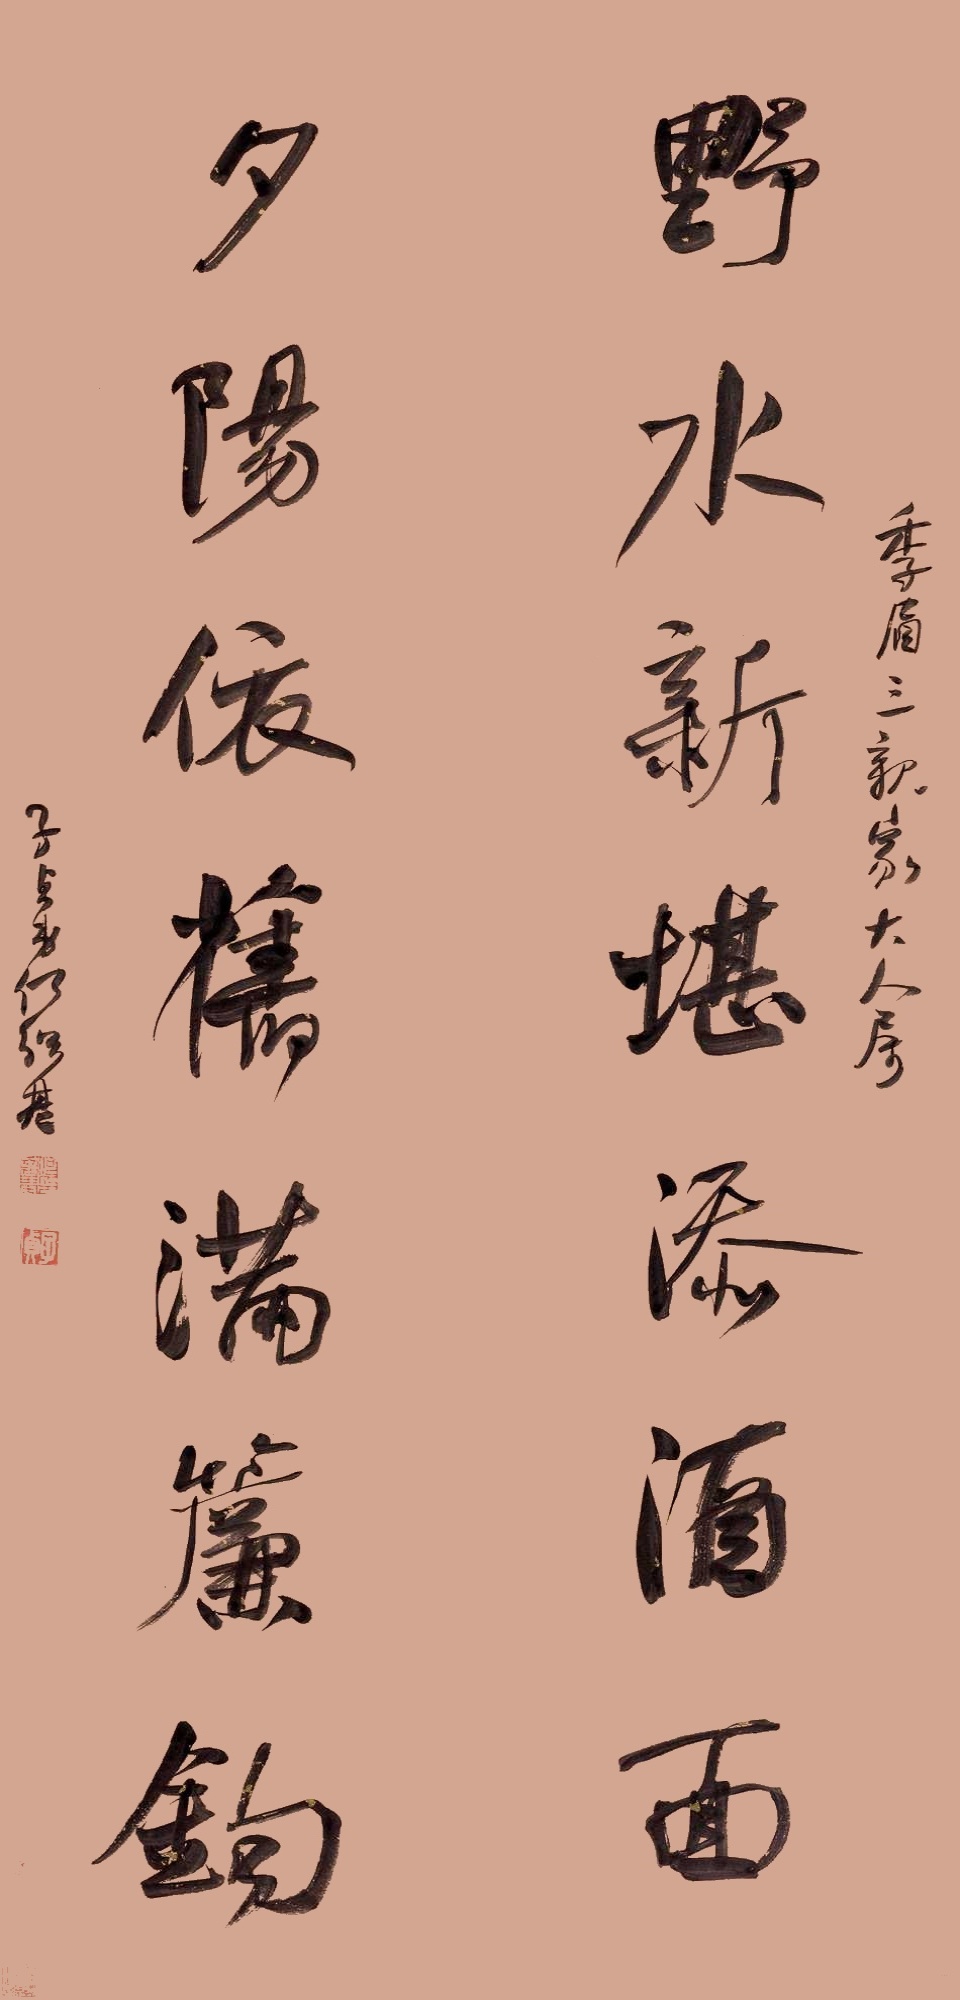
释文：野水新堪添酒面，夕阳依旧满帘钩。季眉三亲家大人属。子贞弟何绍基。